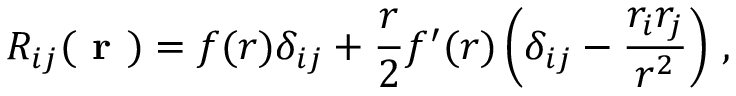
R _ { i j } ( \mathrm { { \textbf { r } } } ) = f ( r ) \delta _ { i j } + \frac { r } { 2 } f ^ { \prime } ( r ) \left( \delta _ { i j } - \frac { r _ { i } r _ { j } } { r ^ { 2 } } \right) \, ,